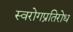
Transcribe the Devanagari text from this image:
स्वरोगप्रतिरोध